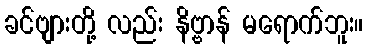
ခင်ဗျားတို့ လည်း နိဗ္ဗာန် မရောက်ဘူး။